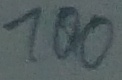
Text: 100